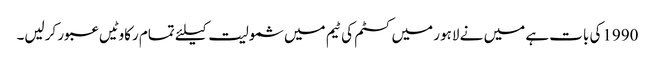
1990کی بات ہے میں نے لاہور میں کسٹم کی ٹیم میں شمولیت کیلئے تمام رکاوٹیں عبور کرلیں۔